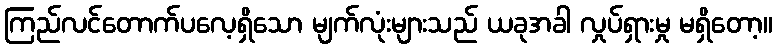
ကြည်လင်တောက်ပလေ့ရှိသော မျက်လုံးများသည် ယခုအခါ လှုပ်ရှားမှု မရှိတော့။